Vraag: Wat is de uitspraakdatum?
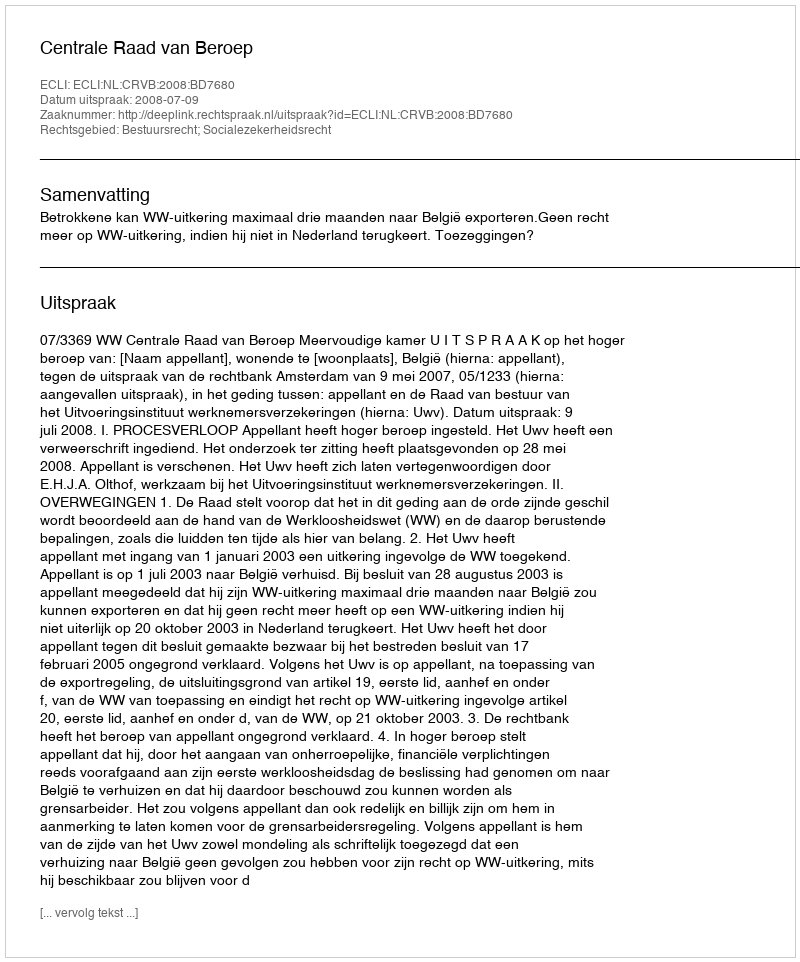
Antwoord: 2008-07-09